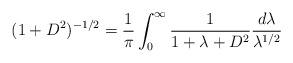
LaTeX: \begin{align*} (1+D^2)^{-1/2} = \frac{1}{\pi} \int_0^\infty \frac{1}{1+\lambda+D^2}\frac{d\lambda}{\lambda^{1/2}} \end{align*}